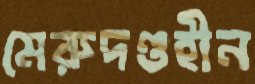
মেরুদণ্ডহীন